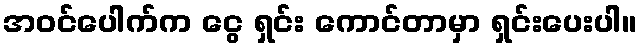
အဝင်ပေါက်က ငွေ ရှင်း ကောင်တာမှာ ရှင်းပေးပါ။